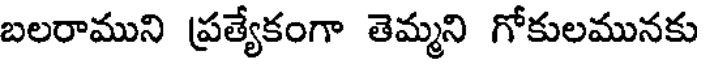
బలరాముని ప్రత్యేకంగా తెమ్మని గోకులమునకు